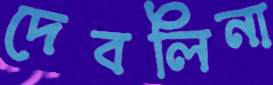
দেবলিনা